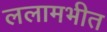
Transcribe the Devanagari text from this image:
ललामभीत